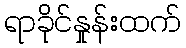
ရာခိုင်နှုန်းထက်